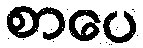
စာပေ